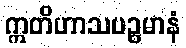
ဣတိဟာသပဉ္စမာနံ